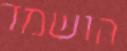
הושמד